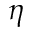
\eta